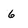
Character: 6